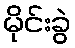
မိုင်းခွဲ